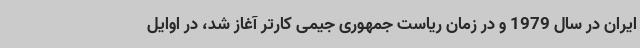
ایران در سال 1979 و در زمان ریاست جمهوری جیمی کارتر آغاز شد، در اوایل